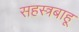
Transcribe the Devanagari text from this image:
सहस्त्रबाहू